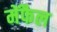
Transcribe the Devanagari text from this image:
मेंफैल